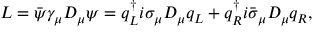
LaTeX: { \cal L } = \bar { \psi } \gamma _ { \mu } D _ { \mu } \psi = q _ { L } ^ { \dagger } i \sigma _ { \mu } D _ { \mu } q _ { L } + q _ { R } ^ { \dagger } i \bar { \sigma } _ { \mu } D _ { \mu } q _ { R } ,